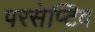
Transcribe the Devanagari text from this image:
परसेप्टिव